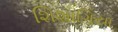
શિશાગિયા